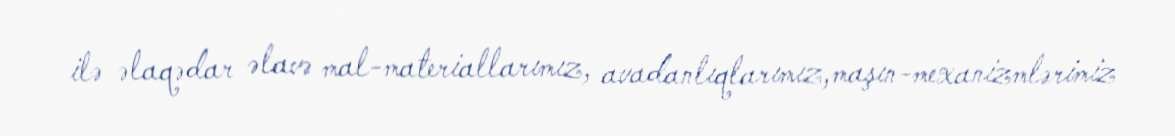
ilə əlaqədar əlavə mal-materiallarımız, avadanlıqlarımız,maşın-mexanizmlərimiz